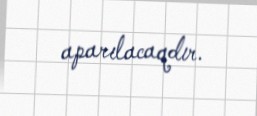
aparılacaqdır.